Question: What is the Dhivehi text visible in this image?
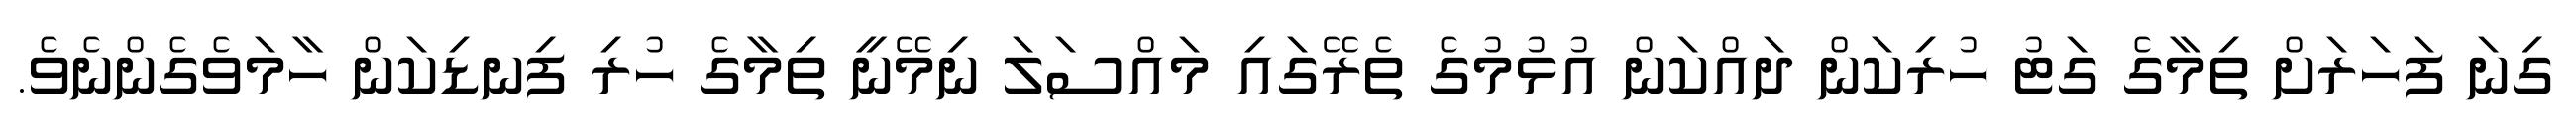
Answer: ގިނަ ފަހަރަށް ތިމާގެ ގަޓު ހުރިކަން ދައްކަން އުޅުމުގެ ތެރޭގައި މައްސަލަ ނިމޭނީ ތިމާގެ ހުރި ފިނޑިކަން ހާމަވެގެންނެވެ.